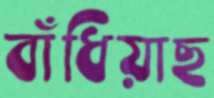
বাঁধিয়াছ